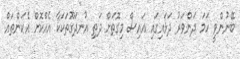
ބޭނުންވީ ހަމަ ދަންވަރު ދަޅައިގައި އައިސް މިގޮތަށް ދަތި އުނދަގޫތަކަކާ އެއްކޮށް އެކަންތައް